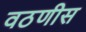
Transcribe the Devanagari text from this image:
वठणीस